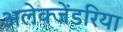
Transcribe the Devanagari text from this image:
अलेक्जेंडरिया